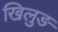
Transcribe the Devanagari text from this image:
खिलुङ